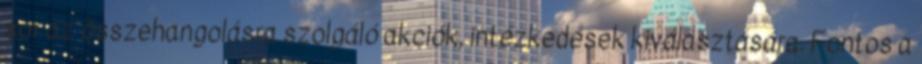
sor az összehangolásra szolgáló akciók, intézkedések kiválasztására. Fontos a